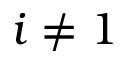
i \neq 1